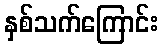
နှစ်သက်ကြောင်း